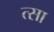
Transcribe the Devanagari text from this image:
त्सा